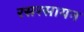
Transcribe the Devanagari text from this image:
रसरसायन